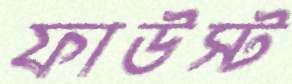
ফাউস্ট